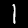
Digit: 1